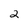
Character: 2